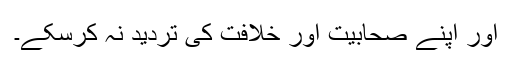
اور اپنے صحابیت اور خلافت کی تردید نہ کرسکے۔